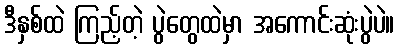
ဒီနှစ်ထဲ ကြည့်တဲ့ ပွဲတွေထဲမှာ အကောင်းဆုံးပွဲပဲ။